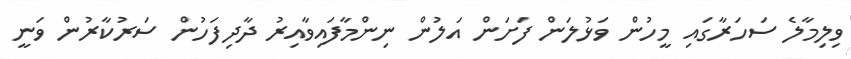
ވިލިމާލެ ސަހަރާގައި މީހުން ވަޅުލަން ފަށަން އަލުން ނިންމާފައިވާއިރު ދާދިފަހުން ސަރުކާރުން ވަނީ